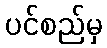
ပင်စည်မှ